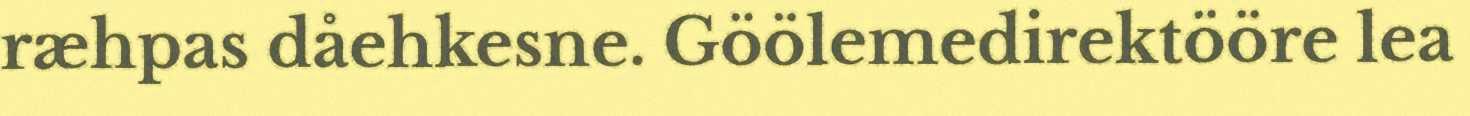
ræhpas dåehkesne. Göölemedirektööre lea